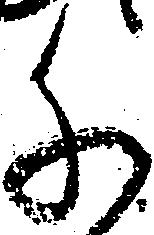
千